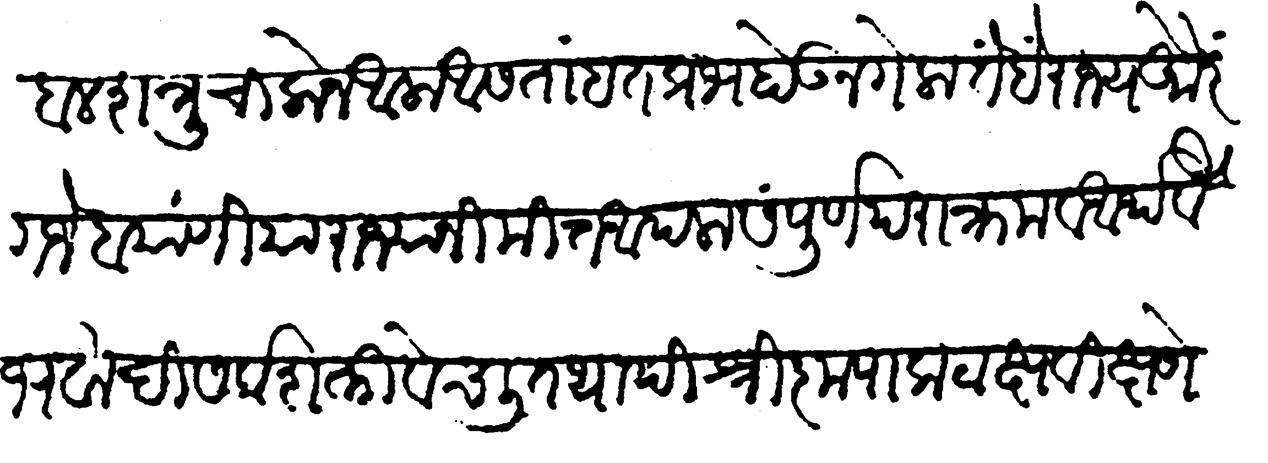
Transliteration (Devanagari): सबळ शत्रु चालोन आला आसतां हतप्रभ होऊन गेला तें हैं राज्य औरंगजेब याणी या राज्यानिमित्त आपला संपूर्ण पराक्रम व आर्थ वैभवादि सर्व शक्ति वेचली तथापि श्री कृपा कटाक्ष विक्षणे